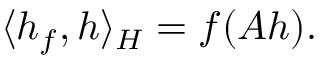
\langle h _ { f } , h \rangle _ { H } = f ( A h ) .